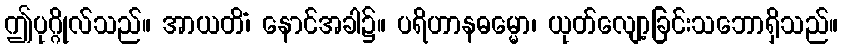
ဤပုဂ္ဂိုလ်သည်။ အာယတိံ၊ နောင်အခါ၌။ ပရိဟာနဓမ္မော၊ ယုတ်လျော့ခြင်းသဘောရှိသည်။